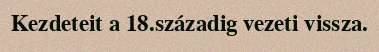
Kezdeteit a 18.századig vezeti vissza.